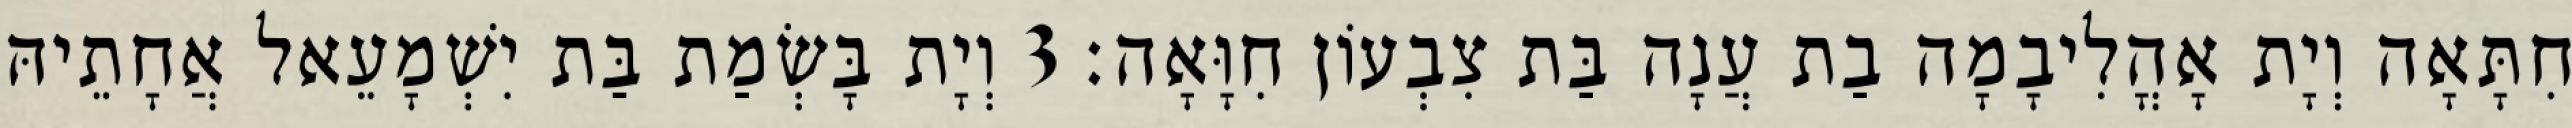
חִתָּאָה וְיָת אָהֳלִיבָמָה בַת עֲנָה בַּת צִבְעוֹן חִוָּאָה׃ 3 וְיָת בָּשְׂמַת בַּת יִשְׁמָעֵאל אֲחָתֵיהּ